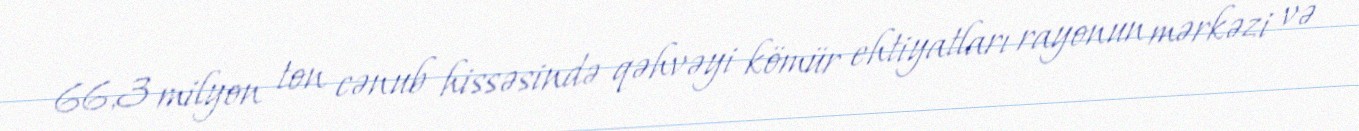
66,3 milyon ton cənub hissəsində qəhvəyi kömür ehtiyatları rayonun mərkəzi və